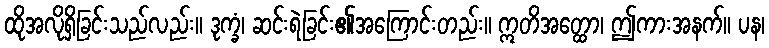
ထိုအလိုရှိခြင်းသည်လည်း။ ဒုက္ခံ၊ ဆင်းရဲခြင်း၏အကြောင်းတည်း။ ဣတိအတ္ထော၊ ဤကားအနက်။ ပန၊